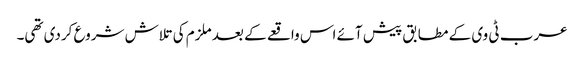
عرب ٹی وی کے مطابق پیش آئے اس واقعے کے بعد ملزم کی تلاش شروع کردی تھی۔